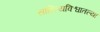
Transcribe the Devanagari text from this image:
साहित्यविश्वातल्या